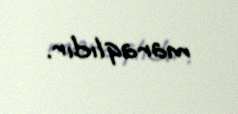
maraqlıdır.